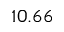
1 0 . 6 6